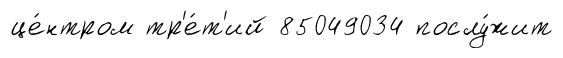
це́нтром тр'е́т'ий 85049034 послу́жит